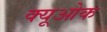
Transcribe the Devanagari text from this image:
क्यूओक